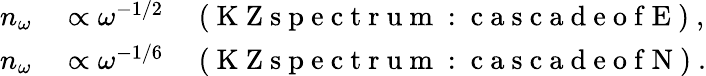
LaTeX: \begin{array}{r}{\begin{array}{rl}{n_{\omega}}&{{}\propto\omega^{-1/2}\quad\mathrm{~(~K~Z~s~p~e~c~t~r~u~m~:~c~a~s~c~a~d~e~o~f~E~)~},}\\ {n_{\omega}}&{{}\propto\omega^{-1/6}\quad\mathrm{~(~K~Z~s~p~e~c~t~r~u~m~:~c~a~s~c~a~d~e~o~f~N~)~}.}\end{array}}\end{array}